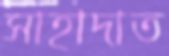
সাহাদাত